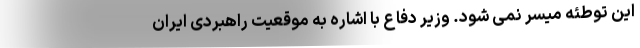
این توطئه میسر نمی شود. وزیر دفاع با اشاره به موقعیت راهبردی ایران